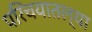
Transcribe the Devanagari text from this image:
परिचयातल्या